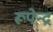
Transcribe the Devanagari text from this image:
रूपेन्द्र